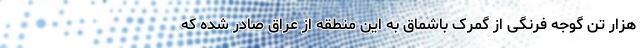
هزار تن گوجه فرنگی از گمرک باشماق به این منطقه از عراق صادر شده که